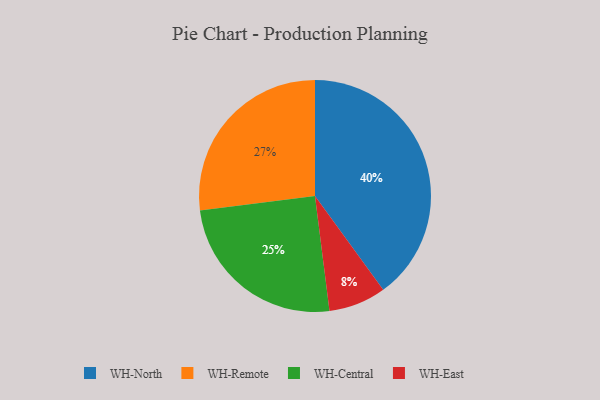
{"axis": {"x": "Category", "y": "Percentage"}, "legend": ["WH-Central", "WH-East", "WH-North", "WH-Remote"], "data": [{"x": "WH-Central", "y": 25, "type": "WH-Central"}, {"x": "WH-North", "y": 40, "type": "WH-North"}, {"x": "WH-East", "y": 8, "type": "WH-East"}, {"x": "WH-Remote", "y": 27, "type": "WH-Remote"}]}